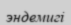
эндемигі